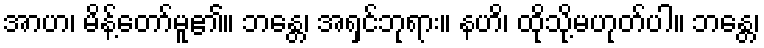
အာဟ၊ မိန့်တော်မူ၏။ ဘန္တေ၊ အရှင်ဘုရား။ နဟိ၊ ထိုသို့မဟုတ်ပါ။ ဘန္တေ၊